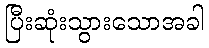
ပြီးဆုံးသွားသောအခါ